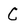
Character: C